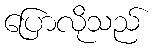
ပြောလိုသည်